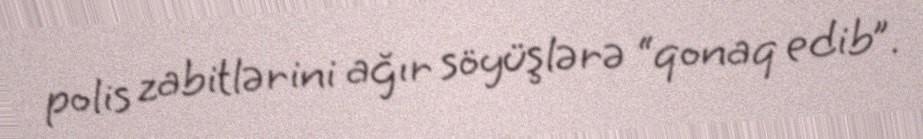
polis zabitlərini ağır söyüşlərə “qonaq edib”.